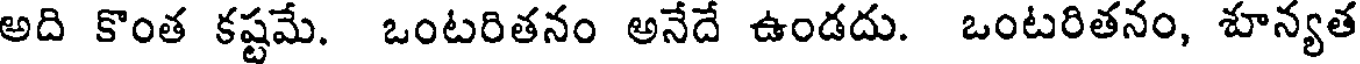
అది కొంత కష్టమే. ఒంటరితనం అనేదే ఉండదు. ఒంటరితనం, శూన్యత